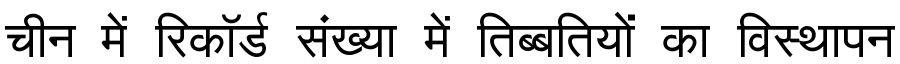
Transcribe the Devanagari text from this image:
चीन में रिकॉर्ड संख्या में तिब्बतियों का विस्थापन